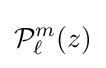
{\mathcal {P}}_{\ell }^{m}(z)